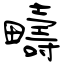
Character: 疇